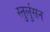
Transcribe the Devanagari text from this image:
स्तुर्लुसन